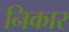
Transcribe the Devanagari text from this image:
निकार